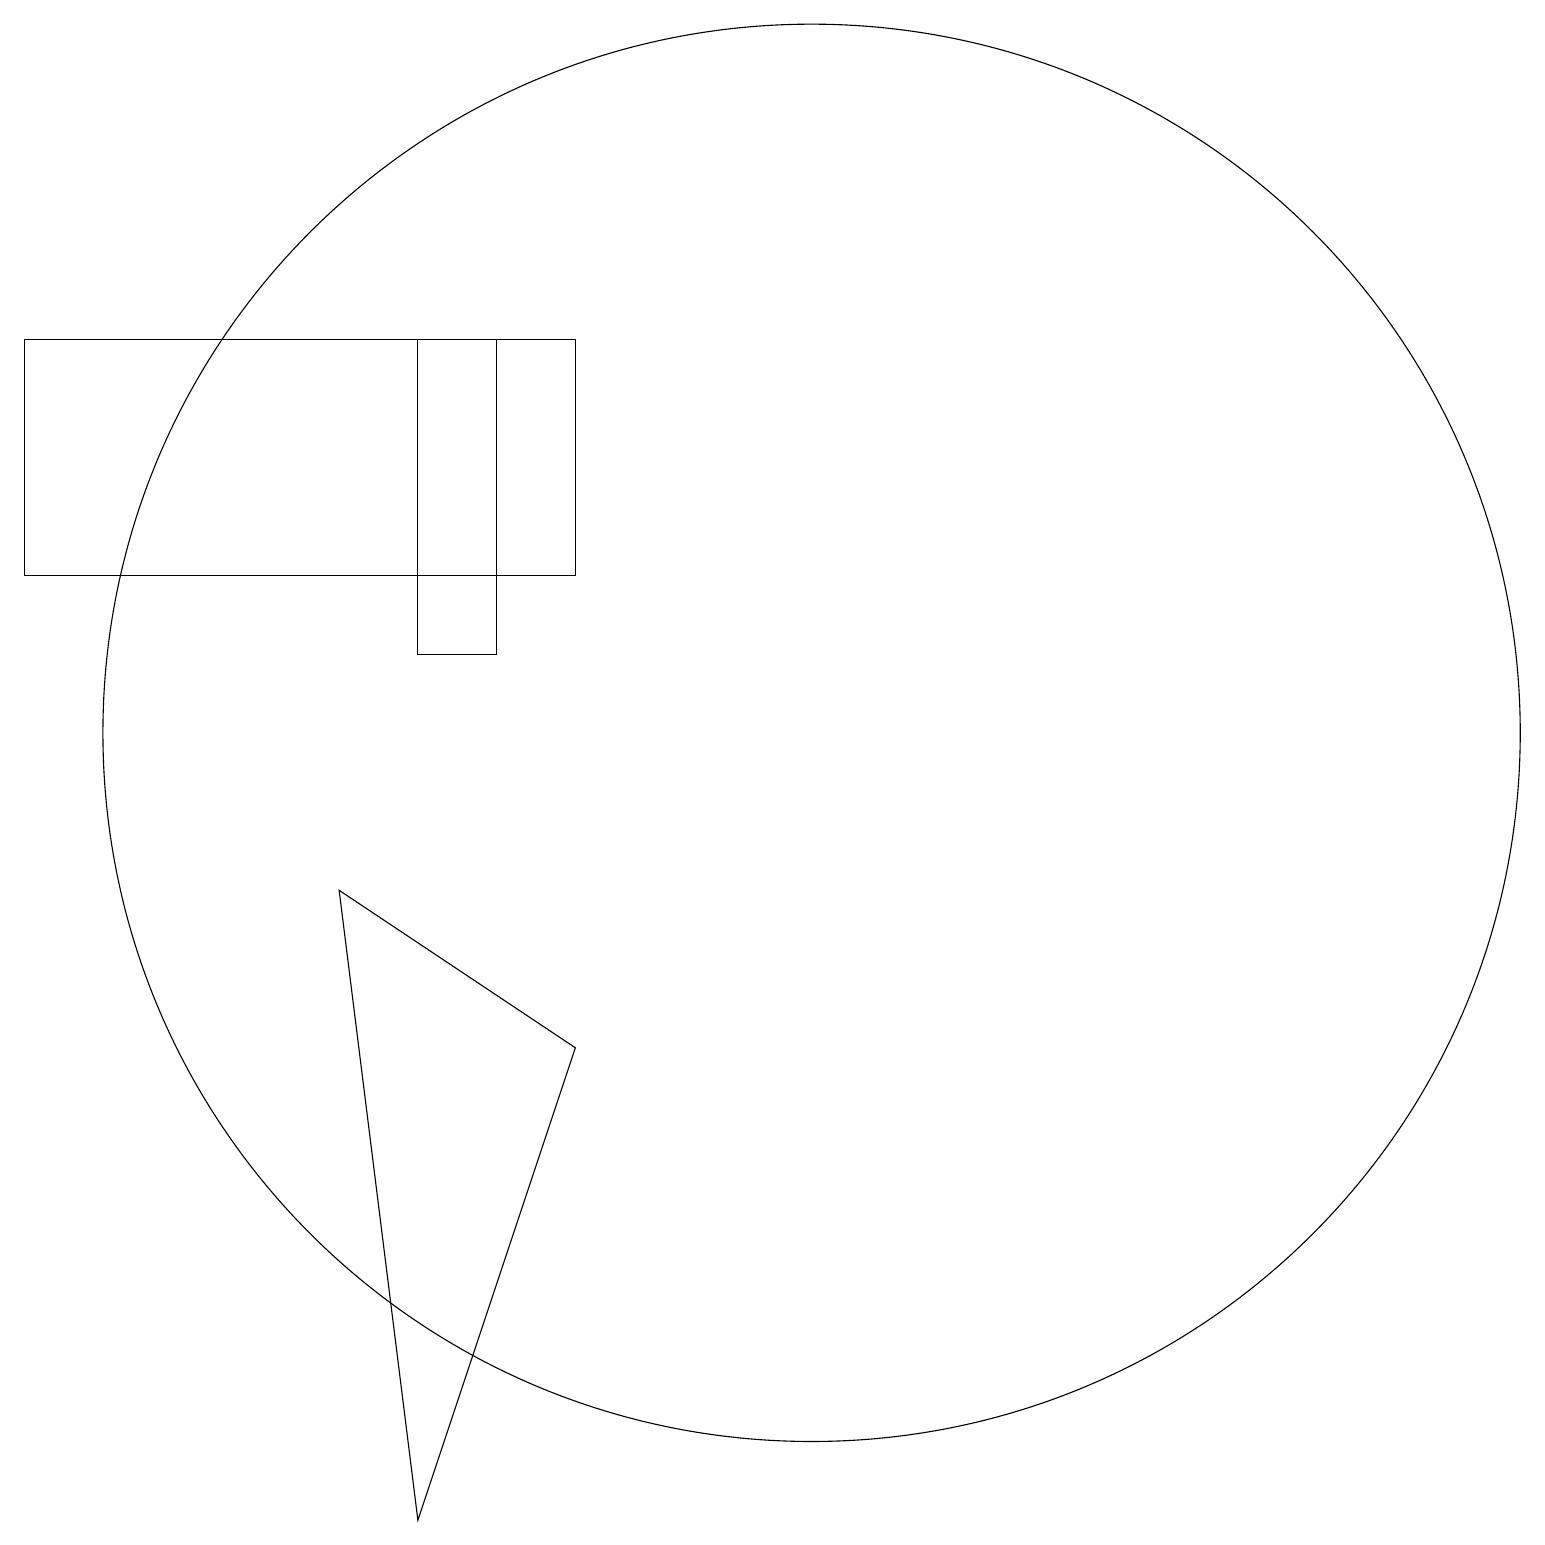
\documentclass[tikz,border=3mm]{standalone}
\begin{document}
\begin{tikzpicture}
\draw (8,6) -- (5,8) -- (6,0) -- cycle;
\draw (11,10) circle (9);
\draw (8,15) rectangle (1,12);
\draw (6,15) rectangle (7,11);
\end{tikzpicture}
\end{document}